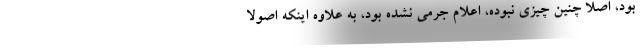
بود، اصلاً چنین چیزی نبوده، اعلام جرمی نشده بود، به علاوه اینکه اصولاً